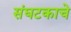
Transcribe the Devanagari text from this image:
संघटकाचे